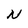
Character: N